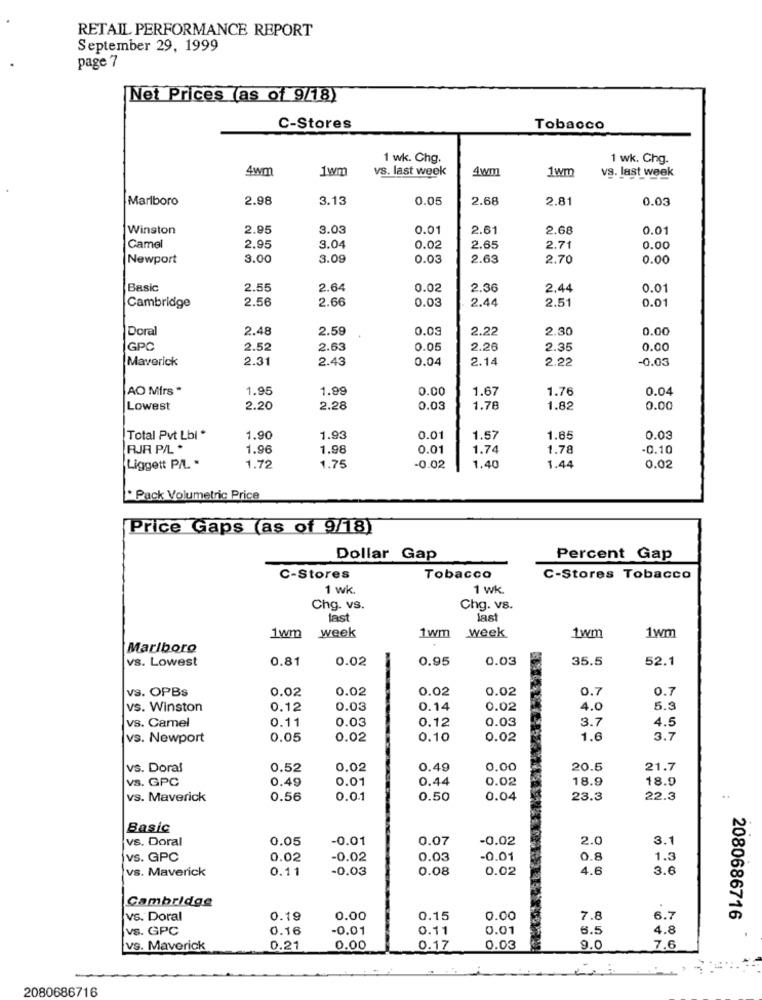
RETAIL PERFORMANCE REPORT
September 29, 1999
page 7
Net Prices (as of 9/18)
C-Stores
Tobacco
1 wk. Chg.
1 wk. Chg.
4wm
1wm
vs. last week
4wm
1wm
vs. last week
Marlboro
2.98
3.13
0.05
2.68
2.81
0.03
Winston
2.95
3.03
0.01
2.61
2.68
0.01
Camel
2.95
9.04
0.02
2.65
2.71
0.00
Newport
3.00
3.09
0.03
2.63
2.70
0.00
Basic
2.55
2.64
0.02
2.36
2.44
0.01
2.56
2.66
0.03
2.44
2.51
0.01
Cambridge
Doral
2.48
2.59
0.03
2.22
2.30
0.00
GPC
2.52
2.63
0.05
2.26
2.35
0.00
Maverick
2.31
2.43
0.04
2.14
2.22
-0.03
AO Mirs *
1.95
1.99
0.00
1.67
1.76
0.04
Lowest
2.20
2.28
0.03
1.78
1.82
0.00
Total Pvt Lbi *
1.90
1.93
0.01
1.57
1.65
0.03
RJR P/L *
1.96
1.98
0.01
1.74
1.78
-0.10
Liggett PIL. .
1.72
1.75
-0.02
1.40
1.44
0.02
* Pack Volumetric Price
Price Gaps (as of 9/18)
Dollar Gap
Percent Gap
C-Stores
Tobacco
C-Stores Tobacco
1 wk.
1 wk
Chg. vs.
Chg. vs.
last
ast
week
1wm week
1wm
1wm
1wm
Marlboro
vs. Lowest
0.81
0.02
0.95
0.03
35.5
52.1
vs. OPBs
0.02
0.02
0.02
0.02
0.7
0.7
vs. Winston
0.12
0.03
0.14
0.02
4.0
5.3
vs. Camel
0.11
0.03
0.12
0.03
4.5
3.7
vs. Newport
0.05
0.02
0.10
0.02
1.6
3.7
vs. Doral
0.52
0.02
0.49
0.00
20.6
21.7
vs. GPC
0.49
0.01
0.44
0.02
18.9
18.9
vs. Maverick
0.56
0.0.1
0.50
0.04
23.3
22.3
..
Basic
vs. Doral
0.05
-0.01
0.07
-0.02
2.0
3.1
vs. GPC
0.02
-0.02
0.03
-0.01
0.8
1.3
vs. Maverick
0.11
-0.03
0.08
0.02
4.6
3.6
Cambridge
vs. Doral
0.19
0.00
0.15
0.00
7.8
6.7
2080686716
vs. GPC
0.16
-0.01
0.11
0.01
6.5
4.8
vs. Maverick
0.21
0.00
0.17
0.03
9.0
7.6
2080686716